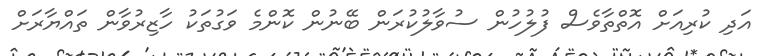
އަދި ކުރިއަށް އޮތްތާވެސް ފުލުހުން ސުވާލުކުރަން ބޭނުން ކޮންމެ ވަގުތަކު ހާޒިރުވާން ތައްޔާރަށް